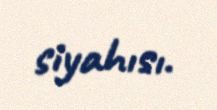
siyahısı.